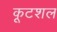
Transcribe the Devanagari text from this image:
कूटशल